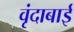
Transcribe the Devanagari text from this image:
वृंदाबाई